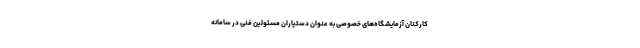
کارکنان آزمایشگاه‌های خصوصی به عنوان دستیاران مسئولین فنی در سامانه